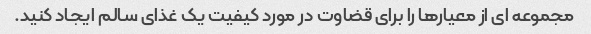
مجموعه ای از معیارها را برای قضاوت در مورد کیفیت یک غذای سالم ایجاد کنید.